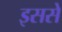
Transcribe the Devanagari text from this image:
इससेे